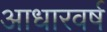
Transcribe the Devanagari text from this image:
आधारवर्ष